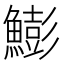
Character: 𩻬